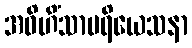
အဝိဟိံသာပရိယေသနာ